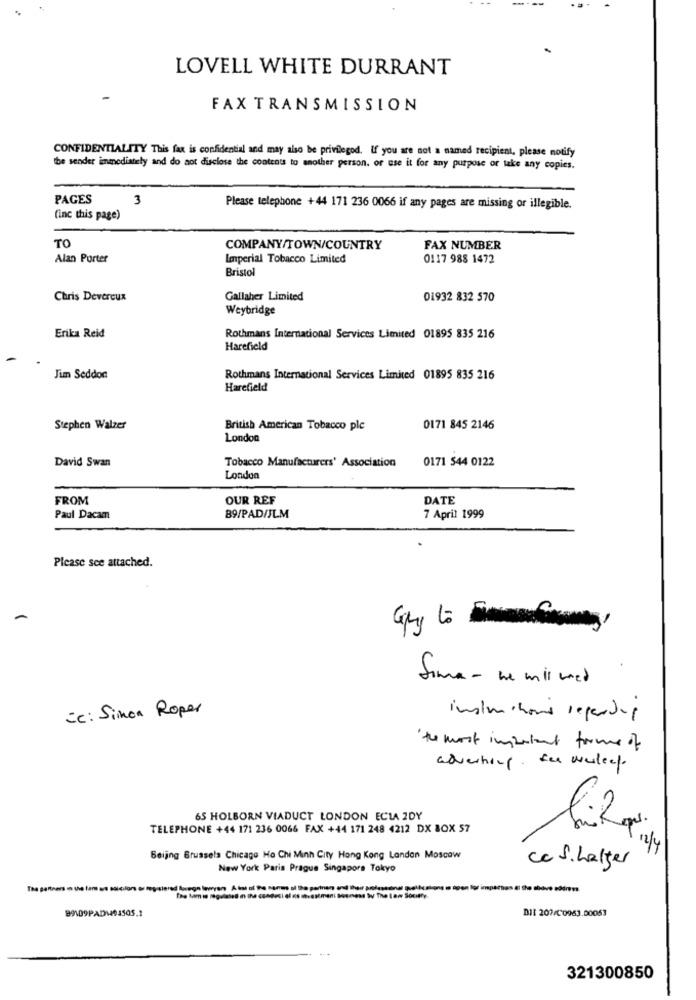
LOVELL WHITE DURRANT
FAX TRANSMISSION
CONFIDENTIALITY This fax is confidential and may also be privilegod. If you are not a named recipient, please notify
the sender immediately and do not disclose the contents to another person, or use it for any purpose or take any copies.
PAGES
3
Please telephone +44 171 236 0066 if any pages are missing or illegible.
(inc this page)
TO
COMPANY/TOWN/COUNTRY
FAX NUMBER
Alan Porter
Imperial Tobacco Limited
0117 988 1472
Bristol
Chris Devereux
Gallaher Limited
01932 832 570
Weybridge
Erika Reid
Rothmans International Services Limited 01895 835 216
Harefield
-
Jim Seddon
Rothmans International Services Limited 01895 835 216
Harefield
Stephen Walzer
British American Tobacco ple
0171 845 2146
London
David Swan
Tobacco Manufacturers' Association
0171 544 0122
London
FROM
OUR REF
DATE
Paul Dacam
89/PAD/JLM
7 April 1999
Please see attached.
Sima - he milmed
=c: Simon Roper
instructions regarding
the most important forme of
advertising for wesdeep
65 HOLBORN VIADUCT LONDON ECLA 2DY
TELEPHONE +44 171 236 0066 FAX +44 171 248 4212 DX BOX 57
12/4
Beijing Brussels Chicago Ho Chi Minh City Hong Kong Landon Moscow
c. S.halfer
New York Paris Prague Singapore Tokyo
Impatton & the shave sodnem
99109PAD 04505.1
DI[ 207/C0963.00053
321300850